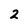
Character: 2